Vaccination report Assam 1874-1896 - 1874-1896
Year: 1874
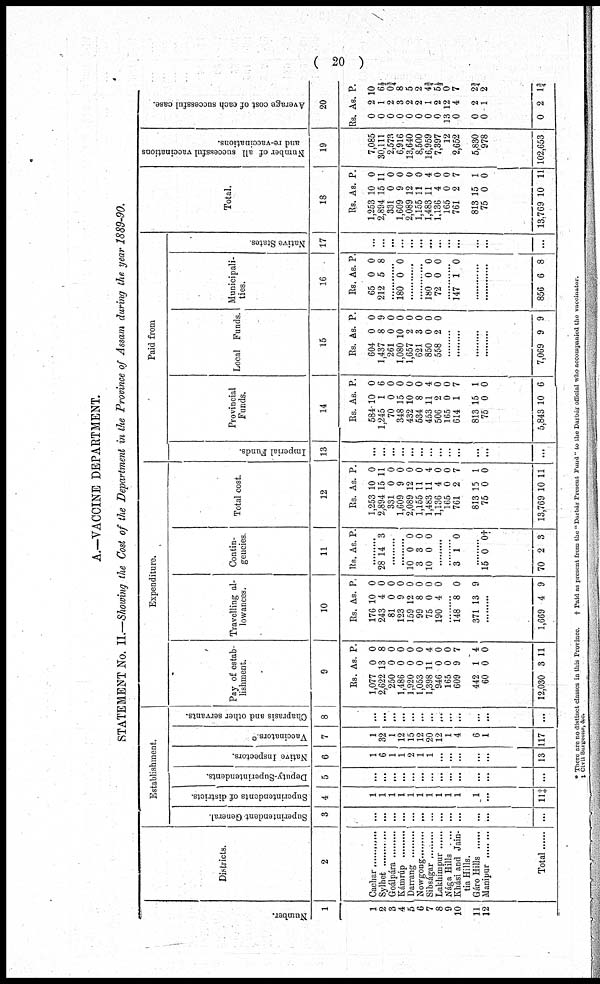
( 20 )
A.—VACCINE DEPARTMENT.
STATEMENT No. II.—Showing the Cost of the Department in the Province of Assam during the year 1889-90.
Number.
1
1
2
3
4
5
6
7
8
9
10
11
12
Districts.
2
Cachar ...............
Sylhet ............
Goálpára .........
kámrúp .........
Darrang .........
Nowgong .........
Sibságar .........
Lakhimpur ......
Nága Hills .....
Khási and Jain¬
tia Hills.
Gáro Hills ......
Manipur .........
Total
Establishment.
Superintendent General.
3
...
...
...
...
...
...
...
...
...
...
...
...
...
Superintendents of districts.
4
1
1
1
1
1
1
1
1
1
1
1
...
11‡
Deputy-Superintendents.
5
...
...
...
...
...
...
...
...
...
...
...
...
...
Native Inspectors.
6
1
6
1
1
2
1
1
...
...
...
...
...
13
Vaccinators.*
7
1
32
1
12
15
12
20
12
1
4
6
1
117
Chaprasis and other servants.
8
...
...
...
...
...
...
...
...
...
...
...
...
...
Expenditure.
Pay of estab-
lishment.
9
Rs.
1,077
2,622
250
1,486
1,920
1,053
1,398
946
165
609
442
60
12,030
As.
0
13
0
0
0
0
11
0
0
9
1
0
3
P.
0
8
0
0
0
0
4
0
0
7
4
0
11
Travelling al-
lowances.
10
Rs.
176
243
81
123
159
99
75
190
As.
10
4
0
9
12
8
0
4
P.
0
0
0
0
0
0
0
0
......
148
371
8
13
0
9
.........
1,669 4 9
Contin-
gencies.
11
Rs. As. P.
.........
28 14 3
.........
.........
10
3
10
0
3
0
0
0
0
.........
.........
3 1 0
.........
15
70
0
2
0†
3
Total cost.
12
Rs.
1,253
2,894
331
1,609
2,089
1,155
1,483
1,136
165
761
813
75
13,769
As.
10
15
0
9
12
11
11
4
0
2
15
0
10
P.
0
11
0
0
0
0
4
0
0
7
1
0
11
Paid from
Imperial Funds.
13
...
...
...
...
...
...
...
...
...
...
...
...
...
Provincial
Funds.
14
Rs.
584
1,245
70
348
432
534
453
506
165
614
813
75
5,843
As.
10
1
0
15
10
8
11
2
0
1
15
0
10
P.
0
6
0
0
0
0
4
0
0
7
1
0
6
Local Funds.
15
Rs.
604
1,437
261
1,080
1,657
621
850
558
As.
0
8
0
10
2
3
0
2
P.
0
9
0
0
0
0
0
0
.........
.........
.........
.........
7,069 9 9
Municipali-
ties.
16
Rs.
65
212
As.
0
5
P.
0
8
.........
180 0 0
.........
.........
180
72
0
0
0
0
.........
147 1 0
.........
.........
856 6 8
Native States
17
...
...
...
...
...
...
...
...
...
...
...
...
...
Total.
18
Rs.
1,253
2,894
331
1,609
2,089
1,155
1,483
1,136
165
761
813
75
13,769
As.
10
15
0
9
12
11
11
4
0
2
15
0
10
P.
0
11
0
0
0
0
4
0
0
7
1
0
11
Number of all successful vaccinations
and re-vaccinations.
19
7,085
30,111
2,573
6,916
13,640
8,500
16,959
7,397
12
2,652
5,830
978
102,653
Average cost of each successful case.
20
Rs.
0
0
0
0
0
0
0
0
13
0
0
0
0
As.
2
1
2
3
2
2
1
2
12
4
2
1
2
P.
10
6½
0¾ 8
5
2
4¾
5½ 0
7
2¾
2
1¾
* There are no distinct classes in this Province.
‡ Civil Surgeons, & c.
† Paid as present from the " Darbár Present Fund " to the Darbar official who accompanied the vaccinator.